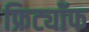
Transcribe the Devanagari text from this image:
फ्रिट्यॉफ